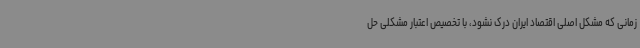
زمانی که مشکل اصلی اقتصاد ایران درک نشود، با تخصیص اعتبار مشکلی حل